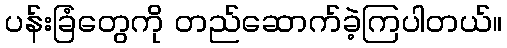
ပန်းခြံတွေကို တည်ဆောက်ခဲ့ကြပါတယ်။